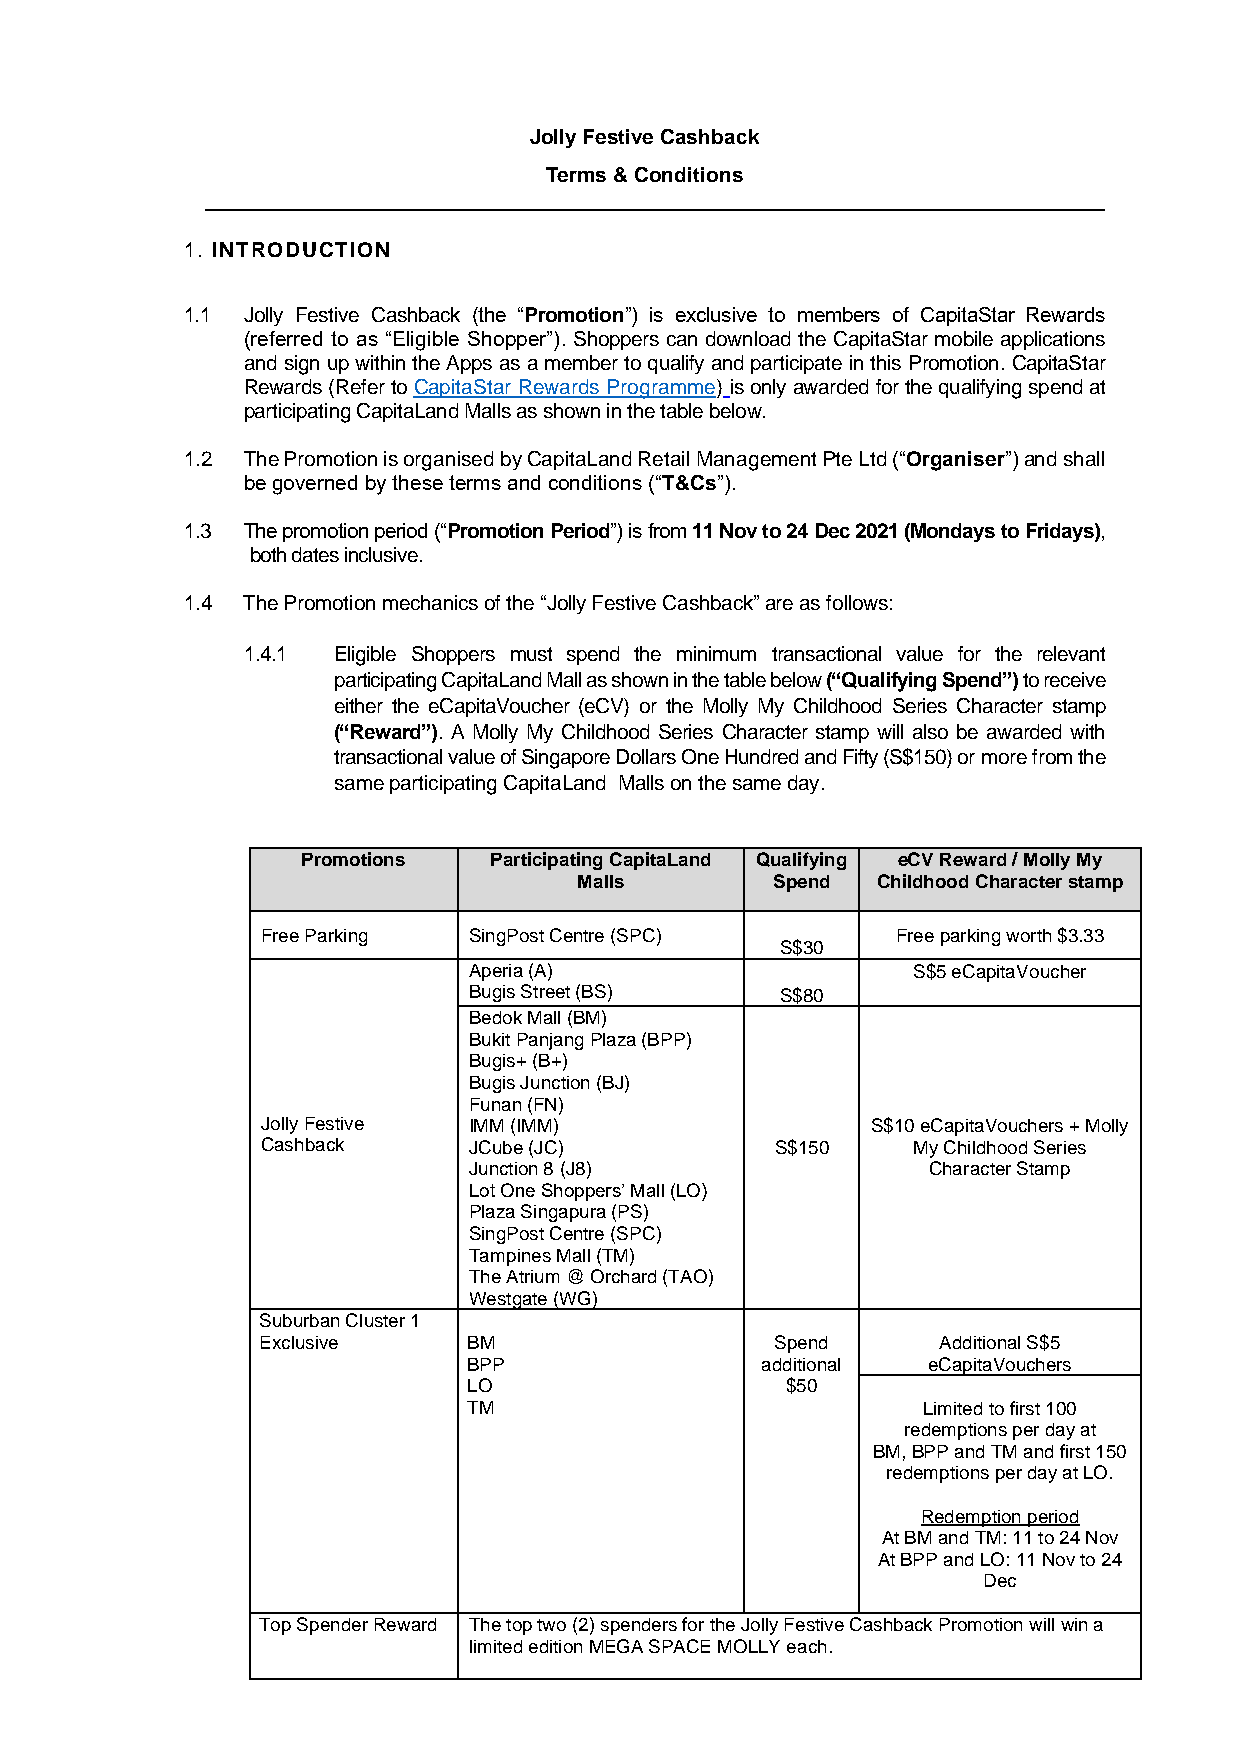
Jolly Festive Cashback
 Terms & Conditions
 1. INTRODUCTION
 1.1 Jolly Festive Cashback (the “Promotion”) is exclusive to members of CapitaStar Rewards
 (referred to as “Eligible Shopper”). Shoppers can download the CapitaStar mobile applications
 and sign up within the Apps as a member to qualify and participate in this Promotion. CapitaStar
 Rewards (Refer to CapitaStar Rewards Programme) is only awarded for the qualifying spend at
 participating CapitaLand Malls as shown in the table below.
 1.2 The Promotion is organised by CapitaLand Retail Management Pte Ltd (“Organiser”) and shall
 be governed by these terms and conditions (“T&Cs”).
 1.3 The promotion period (“Promotion Period”) is from 11 Nov to 24 Dec 2021 (Mondays to Fridays),
 both dates inclusive.
 1.4 The Promotion mechanics of the “Jolly Festive Cashback” are as follows:
 1.4.1 Eligible Shoppers must spend the minimum transactional value for the relevant
 participating CapitaLand Mall as shown in the table below (“Qualifying Spend”) to receive
 either the eCapitaVoucher (eCV) or the Molly My Childhood Series Character stamp
 (“Reward”). A Molly My Childhood Series Character stamp will also be awarded with
 transactional value of Singapore Dollars One Hundred and Fifty (S$150) or more from the
 same participating CapitaLand Malls on the same day.
 Promotions  Participating CapitaLand Qualifying eCV Reward / Molly My
 Malls        Spend  Childhood Character stamp
 Free Parking  SingPost Centre (SPC)       Free parking worth $3.33
 S$30
 Aperia (A)                   S$5 eCapitaVoucher
 Bugis Street (BS)    S$80
 Bedok Mall (BM)
 Bukit Panjang Plaza (BPP)
 Bugis+ (B+)
 Bugis Junction (BJ)
 Funan (FN)
 Jolly Festive IMM (IMM)                  S$10 eCapitaVouchers + Molly
 Cashback      JCube (JC)          S$150    My Childhood Series
 Junction 8 (J8)               Character Stamp
 Lot One Shoppers’ Mall (LO)
 Plaza Singapura (PS)
 SingPost Centre (SPC)
 Tampines Mall (TM)
 The Atrium @ Orchard (TAO)
 Westgate (WG)
 Suburban Cluster 1
 Exclusive     BM                  Spend      Additional S$5
 BPP                additional eCapitaVouchers
 LO                   $50
 TM                            Limited to first 100
 redemptions per day at
 BM, BPP and TM and first 150
 redemptions per day at LO.
 Redemption period
 At BM and TM: 11 to 24 Nov
 At BPP and LO: 11 Nov to 24
 Dec
 Top Spender Reward The top two (2) spenders for the Jolly Festive Cashback Promotion will win a
 limited edition MEGA SPACE MOLLY each.